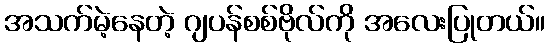
အသက်မဲ့နေတဲ့ ဂျပန်စစ်ဗိုလ်ကို အလေးပြုတယ်။